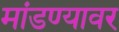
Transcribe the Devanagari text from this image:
मांडण्यावर